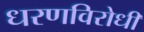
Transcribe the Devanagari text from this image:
धरणविरोधी